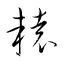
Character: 轅